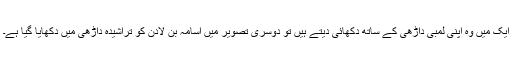
ایک میں وہ اپنی لمبی داڑھی کے ساتھ دکھائی دیتے ہیں تو دوسری تصویر میں اسامہ بن لادن کو تراشیدہ داڑھی میں دکھایا گیا ہے۔